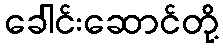
ခေါင်းဆောင်တို့